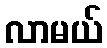
လာမယ်